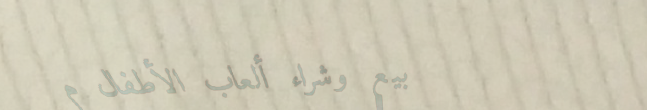
بيع وشراء ألعاب الأطفال م